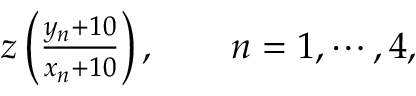
\begin{array} { r } { z \left( \frac { y _ { n } + 1 0 } { x _ { n } + 1 0 } \right) , \qquad n = 1 , \cdots , 4 , } \end{array}